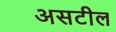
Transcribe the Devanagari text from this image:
असटील